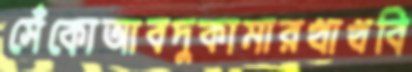
সেঁকোআবদুকামারখাখবি